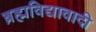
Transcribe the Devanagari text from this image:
ब्रह्मविद्यावादी